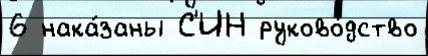
6 нака́заны С'ИН руково́дство